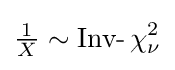
{\tfrac {1}{X}}\sim \operatorname {Inv-} \chi _{\nu }^{2}